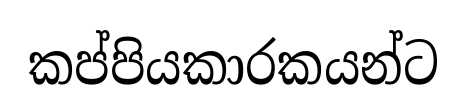
කප්පියකාරකයන්ට